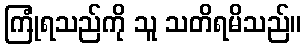
ကြုံရသည်ကို သူ သတိရမိသည်။